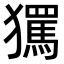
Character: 𭸱